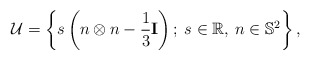
\begin{align*}\mathcal U = \left\lbrace s \left( n\otimes n - \frac 13 \mathbf I \right);\: s\in\mathbb R,\: n\in \mathbb S^2 \right\rbrace,\end{align*}